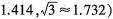
1.414，$$\sqrt{3} \approx 1.732$$）